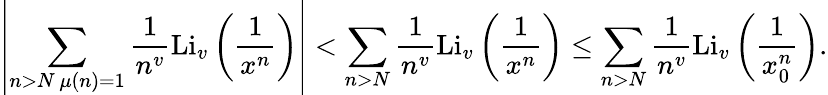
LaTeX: \left|\sum_{\substack{n>N\, \mu(n)=1}}\frac{1}{n^{v}}\textnormal{Li}_{v}\left(\frac{1}{x^{n}}\right)\right|<\sum_{n>N}\frac{1}{n^{v}}\textnormal{Li}_{v}\left(\frac{1}{x^{n}}\right)\leq\sum_{n>N}\frac{1}{n^{v}}\textnormal{Li}_{v}\left(\frac{1}{x_{0}^{n}}\right).